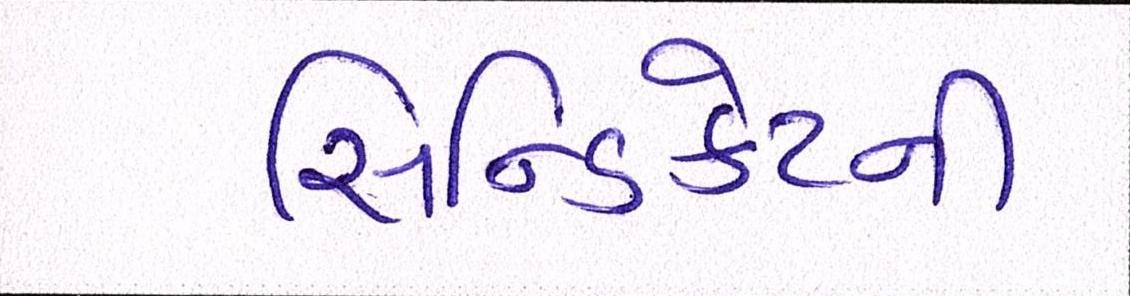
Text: સિન્ડિકેટની